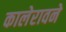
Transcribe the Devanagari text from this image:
कालेरावने